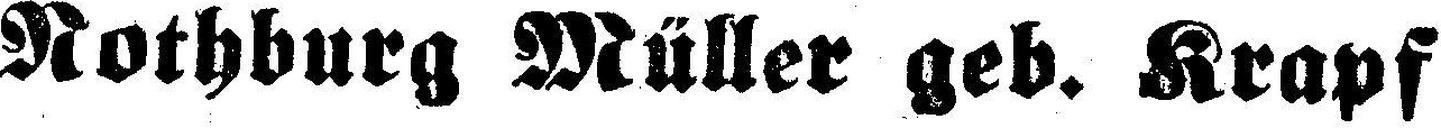
Rothburg Müller geb. Krapf